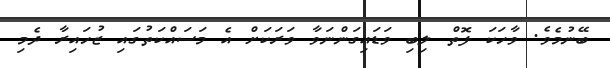
ބޭނުމެވެ. ވާހަކަ ފޮތް ލިބި ވަޑައިގަންނަވާ ވަރަކަށް އެ މަސައްކަތުގައި ޒުހައިރާ ދެމި